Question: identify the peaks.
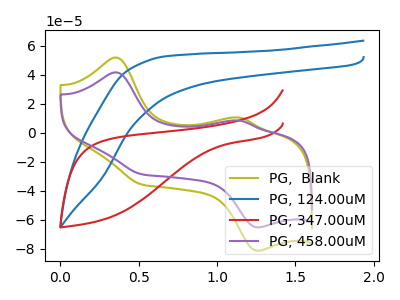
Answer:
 <answer>The olive curve "PG,  Blank" has anodic peaks at (0.35V, 51.80uA) (1.15V, 10.40uA) and cathodic peaks at (0.50V, -35.80uA) (1.25V, -81.40uA). The blue curve "PG, 124.00uM" has no peaks. The red curve "PG, 347.00uM" has no peaks. The purple curve "PG, 458.00uM" has anodic peaks at (0.35V, 41.55uA) (1.15V, 8.35uA) and cathodic peaks at (0.50V, -28.75uA) (1.25V, -65.30uA).</answer>
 <eval></eval>